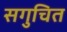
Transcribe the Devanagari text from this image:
सगुचित